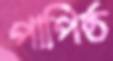
পাপিষ্ঠ